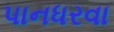
પાનધરવા